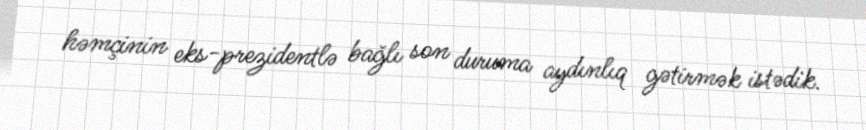
həmçinin eks-prezidentlə bağlı son duruma aydınlıq gətirmək istədik.